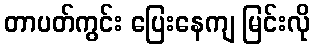
တာပတ်ကွင်း ပြေးနေကျ မြင်းလို